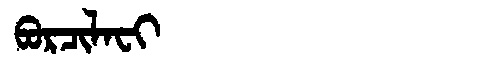
Manchu: ᠪᠣᡵᠴᡳᠯᠠᠸᡳ
Romanization: BORCILAFI